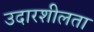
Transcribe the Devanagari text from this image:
उदारशीलता